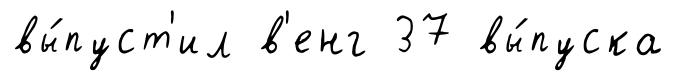
вы́пуст'ил в'енг 37 вы́пуска